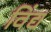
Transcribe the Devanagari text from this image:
विंद्य